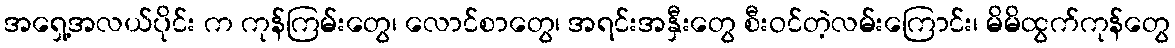
အရှေ့အလယ်ပိုင်း က ကုန်ကြမ်းတွေ၊ လောင်စာတွေ၊ အရင်းအနှီးတွေ စီးဝင်တဲ့လမ်းကြောင်း၊ မိမိထွက်ကုန်တွေ